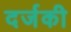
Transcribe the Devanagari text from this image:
दर्जकी